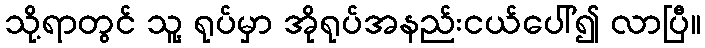
သို့ရာတွင် သူ့ ရုပ်မှာ အိုရုပ်အနည်းငယ်ပေါ်၍ လာပြီ။